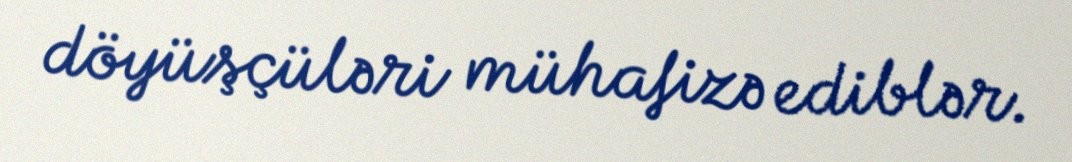
döyüşçüləri mühafizə ediblər.